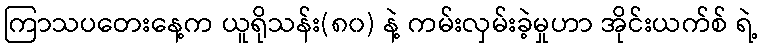
ကြာသပတေးနေ့က ယူရိုသန်း(၈၀) နဲ့ ကမ်းလှမ်းခဲ့မှုဟာ အိုင်းယက်စ် ရဲ့